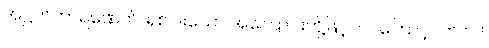
အဋ္ဌဟိကာရဏေဟိ၊ ရှစ်ပါးသော အကြောင်းတို့ဖြင့်။ ဝါ၊ ကြောင့်။ ဘဂဝါ၊